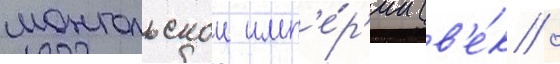
монгольскои имп'е́р'ии (в'е́к /